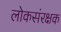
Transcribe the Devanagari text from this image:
लोकसंरक्षक